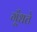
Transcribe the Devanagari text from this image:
गूँधते